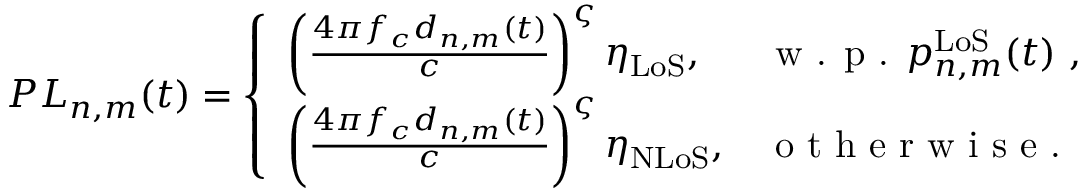
P L _ { n , m } ( t ) = \left\{ \begin{array} { l l } { \left( \frac { 4 \pi f _ { c } d _ { n , m } ( t ) } { c } \right) ^ { \varsigma } \eta _ { \mathrm { L o S } } , } & { \textrm { w . p . \ensuremath { p _ { n , m } ^ { \mathrm { L o S } } ( t ) } } , } \\ { \left( \frac { 4 \pi f _ { c } d _ { n , m } ( t ) } { c } \right) ^ { \varsigma } \eta _ { \mathrm { N L o S } } , } & { \textrm { o t h e r w i s e . } } \end{array} \right.